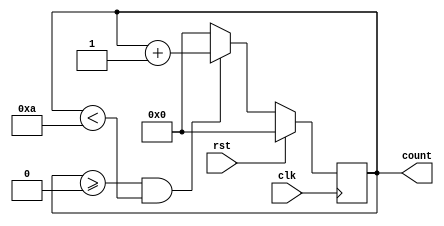
module day6 (
  input clk, rst,
  output reg [3:0] count 
);
  
  always @(posedge clk)
    begin
      
      if(!rst)
        begin
          
          if(count >= 4'd0 && count < 4'd10)
            begin
              count = count+1;
            end else begin
              count <= 4'd0;
            end
          
        end else begin
          count <= 4'd0;
        end
      
    end
  
endmodule